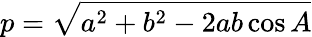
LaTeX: p=\sqrt{a^{2}+b^{2}-2ab\cos A}